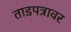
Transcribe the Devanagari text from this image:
ताडपत्रावर